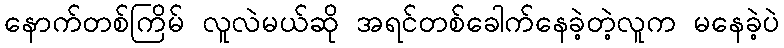
နောက်တစ်ကြိမ် လူလဲမယ်ဆို အရင်တစ်ခေါက်နေခဲ့တဲ့လူက မနေခဲ့ပဲ